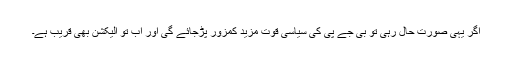
اگر یہی صورت حال رہی تو بی جے پی کی سیاسی قوت مزید کمزور پڑجائے گی اور اب تو الیکشن بھی قریب ہے۔